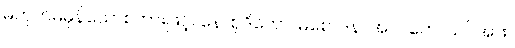
မဟုတ်မမှန်သောစကားဖြင့်။ နောစုဒိတော၊ မစောဒနာအပ်။ တေ၊ သင်အား။